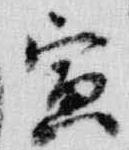
寅